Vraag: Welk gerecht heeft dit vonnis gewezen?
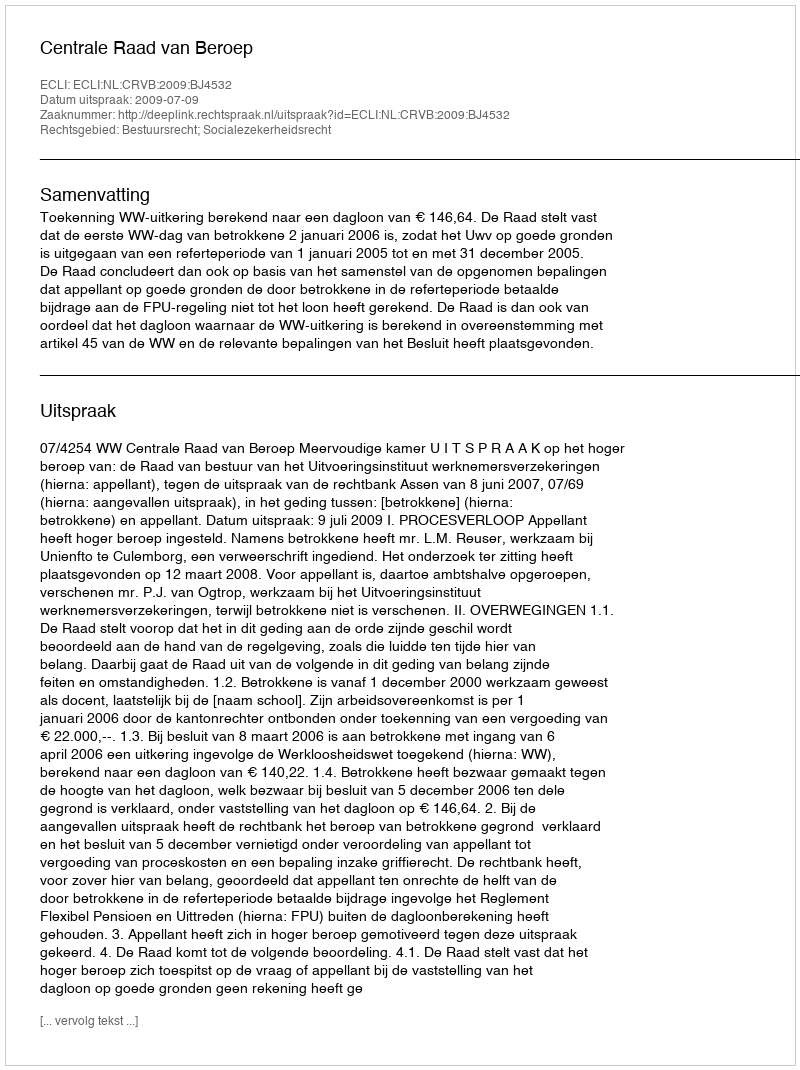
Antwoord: Centrale Raad van Beroep